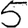
Digit: 5